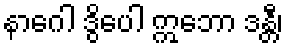
နာဂေါ ဒွိပေါ ဣဘော ဒန္တီ၊